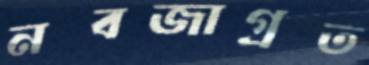
নবজাগ্রত